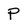
Character: p